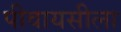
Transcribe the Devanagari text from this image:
पीवायसीला